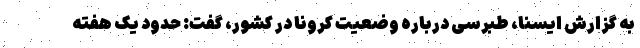
به گزارش ایسنا، طبرسی درباره وضعیت کرونا در کشور، گفت: حدود یک هفته